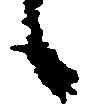
候